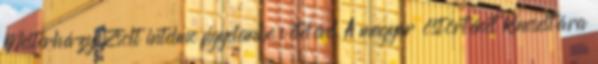
Mesterházy Zsolt intelme figyelembe vételével A magyar őstörténet kincsestára